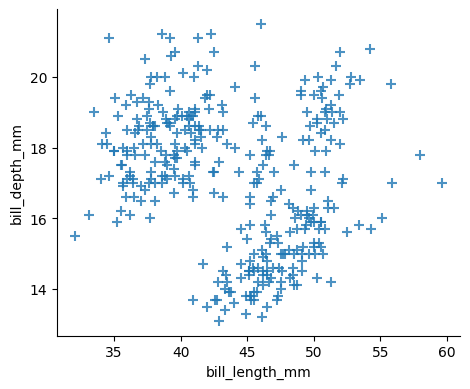
python, seaborn, lmplot, aspect=1.2, order=2, markers='+'